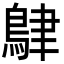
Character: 𪀴